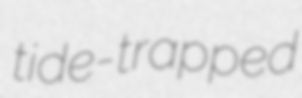
tide-trapped